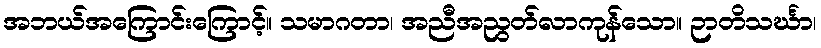
အဘယ်အကြောင်းကြောင့်။ သမာဂတာ၊ အညီအညွတ်လာကုန်သော။ ဉာတိသင်္ဃာ၊